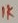
Text: 1K